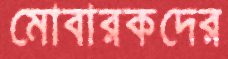
মোবারকদের